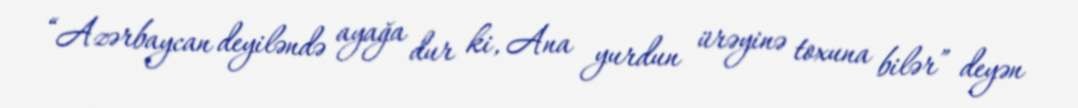
“Azərbaycan deyiləndə ayağa dur ki, Ana yurdun ürəyinə toxuna bilər” deyən